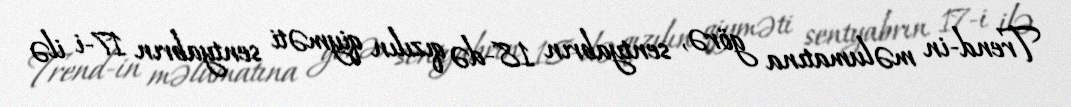
Trend-in məlumatına görə, sentyabrın 18-də qızılın qiyməti sentyabrın 17-i ilə